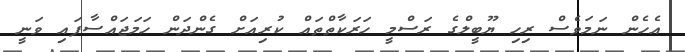
އެހެން ނަމަވެސް ރިހި ޔޫބީލްގެ ރަސްމީ ހަރަކާތްތައް ކުރިއަށް ގެންދަން ހަމަޖައްސާފައި ވަނީ